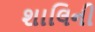
શાલિની